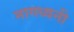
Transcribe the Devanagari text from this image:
नागध्वनी